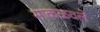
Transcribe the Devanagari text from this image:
साकळवले